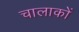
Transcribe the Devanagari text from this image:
चालाकों